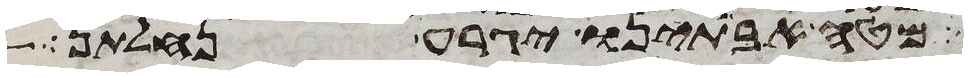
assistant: מטה אבתינו יגרע נחלתן